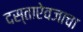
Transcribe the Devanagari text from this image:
दस्ताऐवजाचा